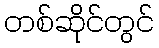
တစ်ဆိုင်တွင်